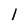
Character: 1